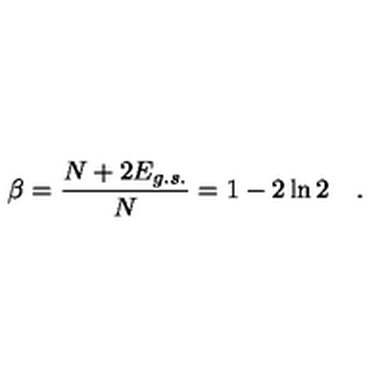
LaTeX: \beta = \frac { N + 2 E _ { g . s . } } { N } = 1 - 2 \ln 2 \quad .